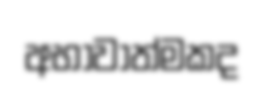
අභාවාත්මකද